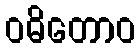
ဝဓိတောဝ